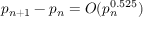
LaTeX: p _ { n + 1 } - p _ { n } = O ( p _ { n } ^ { 0 . 5 2 5 } )